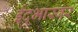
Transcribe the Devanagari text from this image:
ईद्भास्वर